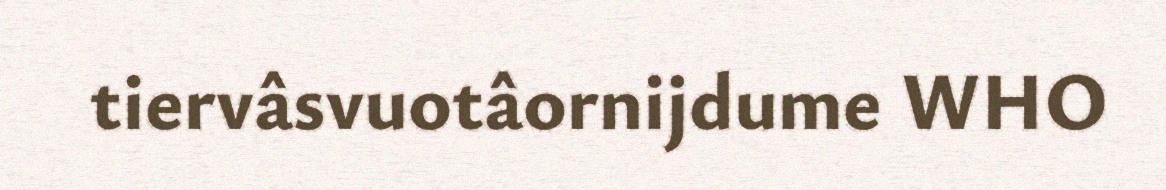
tiervâsvuotâornijdume WHO